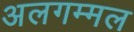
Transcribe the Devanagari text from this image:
अलगम्मल